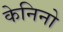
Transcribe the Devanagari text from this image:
केनिनो